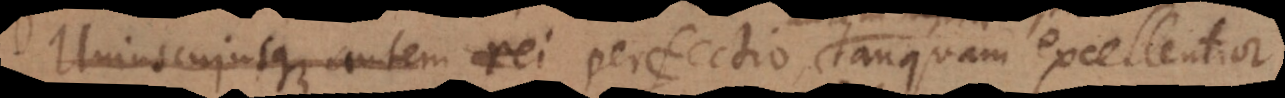
Uniuscujusque autem rei, tanquam excellentior